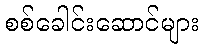
စစ်ခေါင်းဆောင်များ